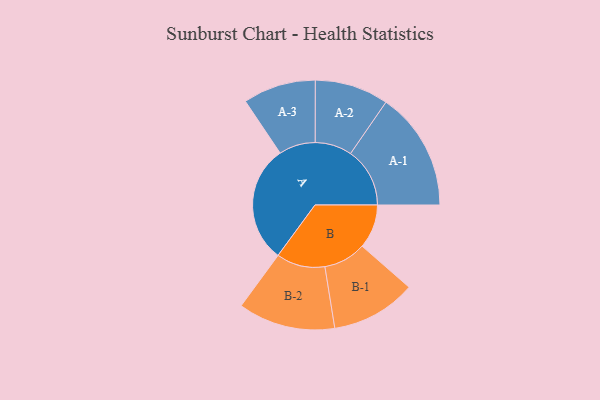
{"axis": {"x": "Segment", "y": "Value"}, "legend": ["", "A", "B"], "data": [{"x": "A", "y": 462, "type": ""}, {"x": "B", "y": 173, "type": ""}, {"x": "A-1", "y": 233, "type": "A"}, {"x": "A-2", "y": 145, "type": "A"}, {"x": "A-3", "y": 143, "type": "A"}, {"x": "B-1", "y": 167, "type": "B"}, {"x": "B-2", "y": 191, "type": "B"}]}